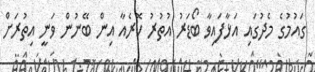
ގައުމުގެ މެދުގައި އަޅާފައިވާ ބޯޑަރު އުތުރު ކޮރެއާ އިން ބޭނުން ވަނީ އިތުރަށް